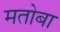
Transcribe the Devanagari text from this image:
मतोबा